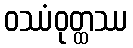
ဝဿံဝုတ္ထဿ